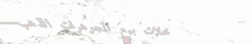
محلات بيع المجوهرات الذهب